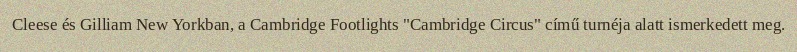
Cleese és Gilliam New Yorkban, a Cambridge Footlights "Cambridge Circus" című turnéja alatt ismerkedett meg.